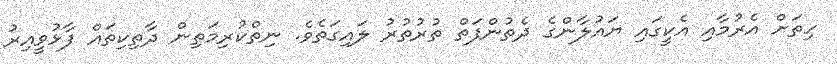
ހިތަށް އެރުމާއި އެކީގައި ޔައުލާންގެ ދެތުންފަތް ތުރުތުރު ލައިގަތެވެ. ނިތްކުރިމަތިން ދާތިކިތައް ފާޅުވީއިރު